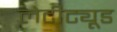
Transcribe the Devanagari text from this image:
लेटीट्यूड